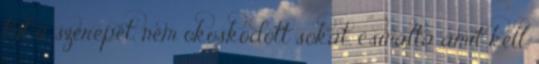
túl a szerepét, nem okoskodott sokat, csinálta amit kell,